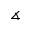
\measuredangle